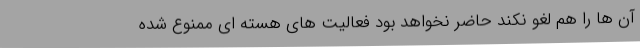
آن ها را هم لغو نکند حاضر نخواهد بود فعالیت های هسته ای ممنوع شده